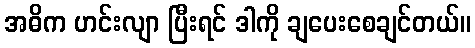
အဓိက ဟင်းလျာ ပြီးရင် ဒါကို ချပေးစေချင်တယ်။